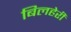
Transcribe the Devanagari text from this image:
बिलहेरी